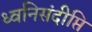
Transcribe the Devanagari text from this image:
ध्वनिसंदीप्ति